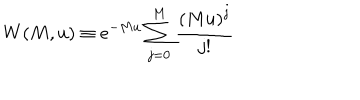
W ( M , u ) \equiv e ^ { - M u } \sum _ { j = 0 } ^ { M } { \frac { \left( M u \right) ^ { j } } { j ! } }